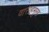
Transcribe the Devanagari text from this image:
वाराहमुख